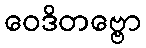
ဝေဒိတဗ္ဗော